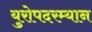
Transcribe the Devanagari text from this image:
युरोपदरम्यान